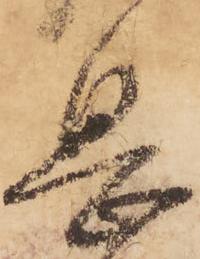
息